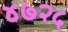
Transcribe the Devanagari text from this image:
४७२५